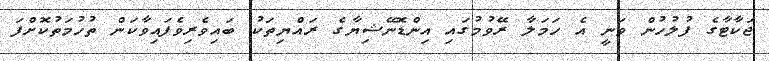
ޖަކާޓާގެ ފުލުހުން ވަނީ އެ ހަމަލާ ރޭވުމުގައި އިންޑޮނޭޝިޔާގެ ރައްޔިތަކު ބައިވެރިވެފައިވާކަން ތުހުމަތުކޮށްފަ